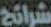
شرائح